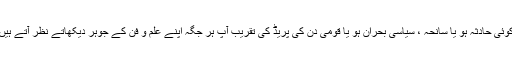
کوئی حادثہ ہو یا سانحہ ، سیاسی بحران ہو یا قومی دن کی پریڈ کی تقریب آپ ہر جگہ اپنے علم و فن کے جوہر دیکھاتے نظر آتے ہیں۔